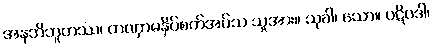
အနဘိဘူတဿ၊ တဏှာမနှိပ်စက်အပ်သ သူအား။ သုခါ၊ သော။ ပဋိပဒါ၊